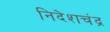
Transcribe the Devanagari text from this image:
निदेशचंद्र